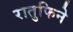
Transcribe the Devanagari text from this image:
रातुफिने